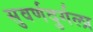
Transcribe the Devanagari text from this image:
सुवर्णदुर्गला